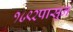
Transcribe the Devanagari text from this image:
१८९२पासून